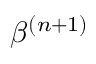
\beta ^ { ( n + 1 ) }